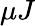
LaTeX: \mu J